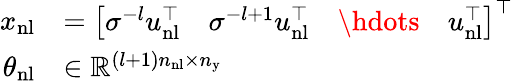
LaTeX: \begin{array}{rl}{x_{\mathrm{nl}}}&{=\left[\begin{array}{llll}{\sigma^{-l}u_{\mathrm{nl}}^{\top}}&{\sigma^{-l+1}u_{\mathrm{nl}}^{\top}}&{\hdots}&{u_{\mathrm{nl}}^{\top}}\end{array}\right]^{\top}}\\ {\theta_{\mathrm{nl}}}&{\in\mathbb{R}^{(l+1)n_{\mathrm{nl}}\times n_{\mathrm{y}}}}\end{array}